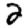
Digit: 2